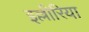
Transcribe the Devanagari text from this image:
इल्लीरिया